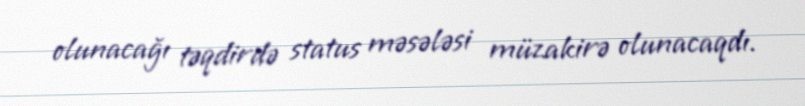
olunacağı təqdirdə status məsələsi müzakirə olunacaqdı.